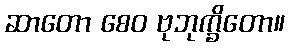
ဆာတော စေဝ ဗုဘုက္ခိတော။